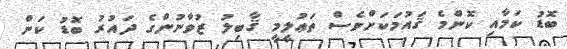
ބޮޑު ކަމާއި ކޮންމެ ޤައުމަކަށްވެސް ތަޢުލީމީ ޤާބިލު ޒުވާނުންގެ ދައުރު ބޮޑު ކަން